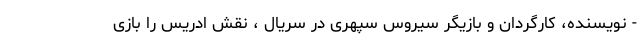
- نویسنده، کارگردان و بازیگر سیروس سپهری در سریال ، نقش ادریس را بازی